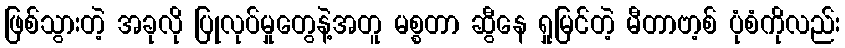
ဖြစ်သွားတဲ့ အခုလို ပြုလုပ်မှုတွေနဲ့အတူ မစ္စတာ ဆွီနေ ရှုမြင်တဲ့ မီတာဗာ့စ် ပုံစံကိုလည်း